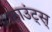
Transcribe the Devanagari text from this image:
काउंट्स्